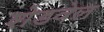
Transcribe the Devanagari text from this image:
शेडवेल